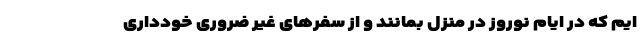
ایم که در ایام نوروز در منزل بمانند و از سفر‌های غیر ضروری خودداری